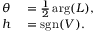
\begin{array} { r l } { \theta } & { { } = { \frac { 1 } { 2 } } \arg ( L ) , } \\ { h } & { { } = \operatorname { s g n } ( V ) . } \end{array}